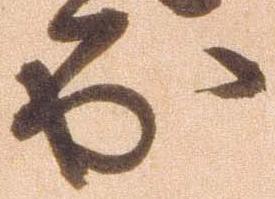
出